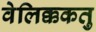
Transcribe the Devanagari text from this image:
वेलिक्ककतु